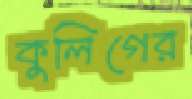
কুলিগের